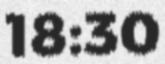
18:30